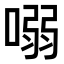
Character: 𠺁